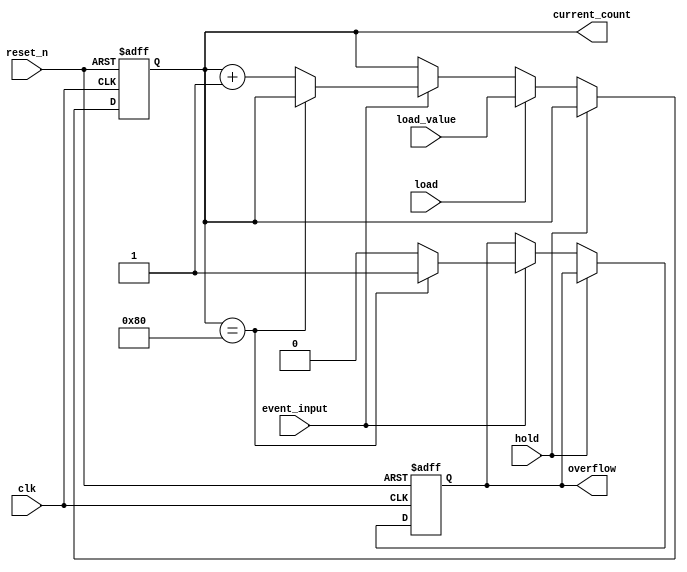
module memory_blocks_event_counter #(
    parameter COUNTER_WIDTH = 8  // Define the bit-width of the counter
)(
    input wire clk,               // Clock signal
    input wire event_input,       // Event input signal (e.g., pulse)
    input wire reset_n,           // Active-low reset signal
    input wire hold,              // Hold signal
    input wire load,              // Load signal
    input wire [COUNTER_WIDTH-1:0] load_value,  // Value to load into counter
    output reg [COUNTER_WIDTH-1:0] current_count, // Current count output
    output reg overflow           // Overflow flag
);

    // Internal signal to detect event
    reg event_detected;

    always @(posedge clk or negedge reset_n) begin
        if (!reset_n) begin
            // Async reset
            current_count <= 0;
            overflow <= 1'b0;
        end else if (!hold) begin
            if (event_input) begin
                // Increment counter when event is detected
                if (current_count == {1'b1, {COUNTER_WIDTH-1{1'b0}}}) begin
                    overflow <= 1'b1;  // Set overflow flag when max value is reached
                end else begin
                    current_count <= current_count + 1;
                    overflow <= 1'b0;  // Clear overflow flag
                end
            end
            
            // Check for load signal
            if (load) begin
                current_count <= load_value;
            end
        end
        // If hold is active, retain current value
    end

    // Event detection logic (optional - implement as needed)
    // This is just a simplistic example for event detection
    always @(posedge clk) begin
        event_detected <= event_input; // Detect rising edge on event input
    end

endmodule